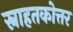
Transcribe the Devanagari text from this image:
स्नाहतकोत्तर